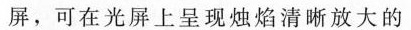
屏，可在光屏上呈现烛焰清晰放大的